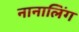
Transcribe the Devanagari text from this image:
नानालिंग